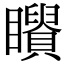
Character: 𥌶